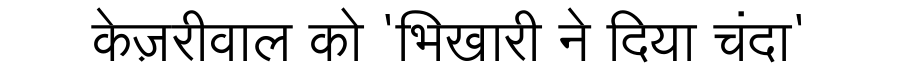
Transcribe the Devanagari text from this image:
केज़रीवाल को 'भिखारी ने दिया चंदा'